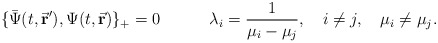
\begin{align*}\{\bar{\Psi}(t,\vec{\bf r}^\prime),\Psi(t,\vec{\bf r})\}_+ = 0\quad\quad\quad\lambda_i = \frac{1}{\mu_i-\mu_j},\quad i\not= j,\quad \mu_i\not=\mu_j.\end{align*}